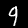
Label: 9